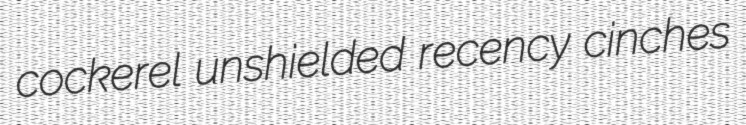
cockerel unshielded recency cinches